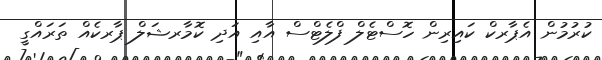
ކުރުމުން އެޕާރކް ކައިރިން ހޮސްޓެލް ފްލެޓްސް އާއި އަދި ކޮމާރޝަލް ޕާރކެއް ތަރައްގީ